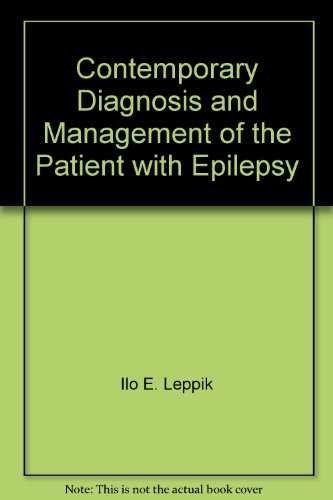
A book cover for Patient With Epilepsy; Ilo Leppik; Health, Fitness & Dieting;